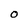
Character: O